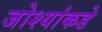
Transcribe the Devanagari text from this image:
जोश्यांकडे